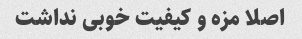
اصلا مزه و کیفیت خوبی نداشت